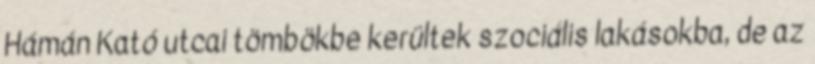
Hámán Kató utcai tömbökbe kerültek szociális lakásokba, de az